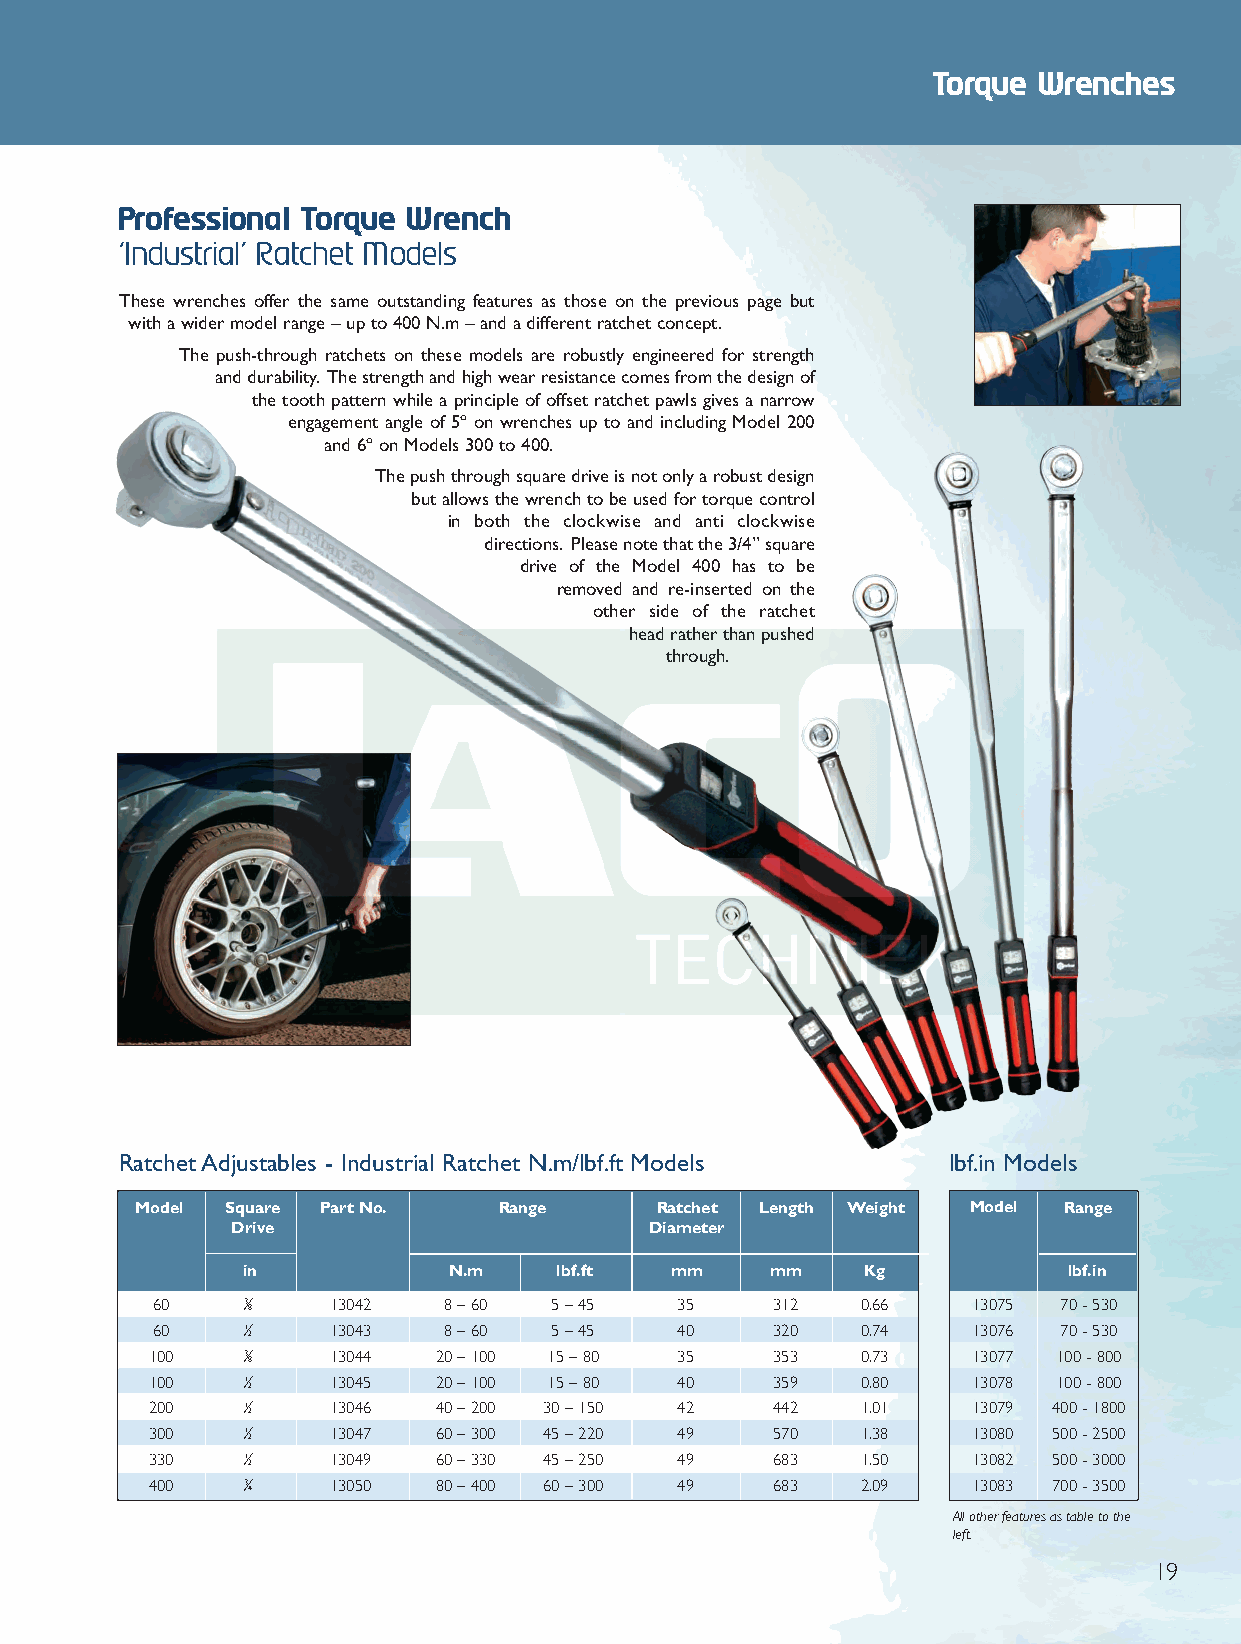
Front 2012 Q6.qxd 26/10/12 9:02 am Page 19
 Torque Wrenches
 Professional Torque Wrench
 ‘Industrial’ Ratchet Models
 These wrenches offer the same outstanding features as those on the previous page but
 with a wider model range – up to 400 N.m – and a different ratchet concept.
 The push-through ratchets on these models are robustly engineered for strength
 and durability.The strength and high wear resistance comes from the design of
 the tooth pattern while a principle of offset ratchet pawls gives a narrow
 engagement angle of 5º on wrenches up to and including Model 200
 and 6º on Models 300 to 400.
 The push through square drive is not only a robust design
 but allows the wrench to be used for torque control
 in both the clockwise and anti clockwise
 directions. Please note that the 3/4” square
 drive of the Model 400 has to be
 removed and re-inserted on the
 other side of the ratchet
 head rather than pushed
 through.
 Ratchet Adjustables - Industrial Ratchet N.m/lbf.ft Models lbf.in Models
 Model Square Part No.   Range     Ratchet Length Weight Model Range
 Drive                       Diameter
 in            N.m    lbf.ft mm     mm    Kg            lbf.in
 60    3⁄
 8
 13042  8 – 60 5 – 45   35    312   0.66   13075 70 - 530
 60    1⁄
 2
 13043  8 – 60 5 – 45   40    320   0.74   13076 70 - 530
 100   3⁄
 8
 13044  20 – 100 15 – 80 35   353   0.73   13077 100 - 800
 100   1⁄
 2
 13045  20 – 100 15 – 80 40   359   0.80   13078 100 - 800
 200   1⁄
 2
 13046  40 – 200 30 – 150 42  442   1.01   13079 400 - 1800
 300   1⁄
 2
 13047  60 – 300 45 – 220 49  570   1.38   13080 500 - 2500
 330   1⁄
 2
 13049  60 – 330 45 – 250 49  683   1.50   13082 500 - 3000
 400   3⁄
 4
 13050  80 – 400 60 – 300 49  683   2.09   13083 700 - 3500
 All other features as table to the
 left.
 19